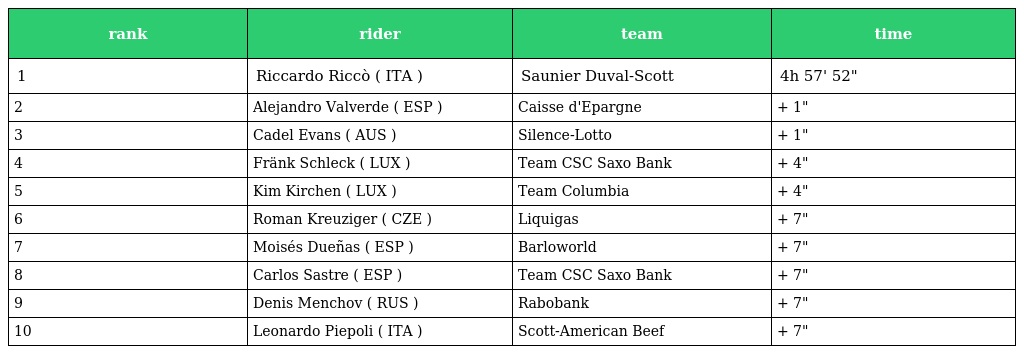
| rank | rider | team | time |
 | --- | --- | --- | --- |
 | 1 | Riccardo Riccò ( ITA ) | Saunier Duval-Scott | 4h 57' 52" |
 | 2 | Alejandro Valverde ( ESP ) | Caisse d'Epargne | + 1" |
 | 3 | Cadel Evans ( AUS ) | Silence-Lotto | + 1" |
 | 4 | Fränk Schleck ( LUX ) | Team CSC Saxo Bank | + 4" |
 | 5 | Kim Kirchen ( LUX ) | Team Columbia | + 4" |
 | 6 | Roman Kreuziger ( CZE ) | Liquigas | + 7" |
 | 7 | Moisés Dueñas ( ESP ) | Barloworld | + 7" |
 | 8 | Carlos Sastre ( ESP ) | Team CSC Saxo Bank | + 7" |
 | 9 | Denis Menchov ( RUS ) | Rabobank | + 7" |
 | 10 | Leonardo Piepoli ( ITA ) | Scott-American Beef | + 7" |